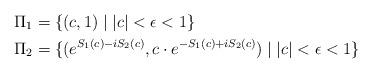
LaTeX: \begin{align*} \Pi_1 &= \{ (c,1)\mid |c| < \epsilon <1 \} \\ \Pi_2 &= \{ (e^{S_1(c)-iS_2(c)},c \cdot e^{-S_1(c)+iS_2(c)}) \mid |c| < \epsilon < 1\}\end{align*}